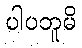
ပါပဘူမိ